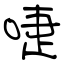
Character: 啑